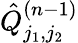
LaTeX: \hat{Q}_{j_{1},j_{2}}^{(n-1)}